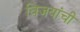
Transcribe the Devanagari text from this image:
विजयांची